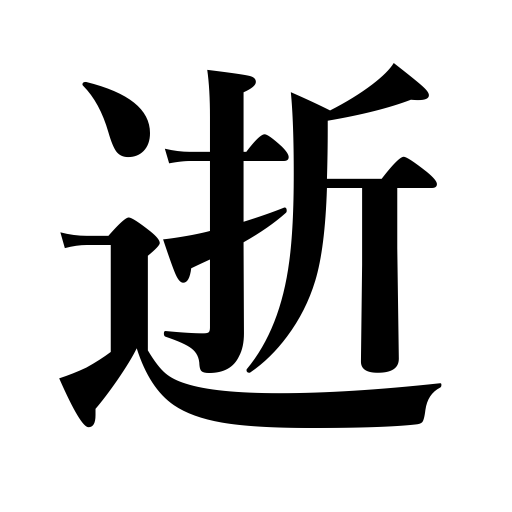
Meanings: pass away,die